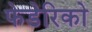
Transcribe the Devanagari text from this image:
फेडेरिको